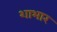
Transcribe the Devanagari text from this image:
शाभार